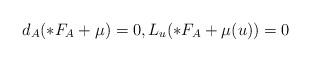
LaTeX: \begin{align*} d_A(*F_A + \mu) = 0, L_u(*F_A + \mu(u)) = 0 \end{align*}